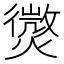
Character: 𭶓